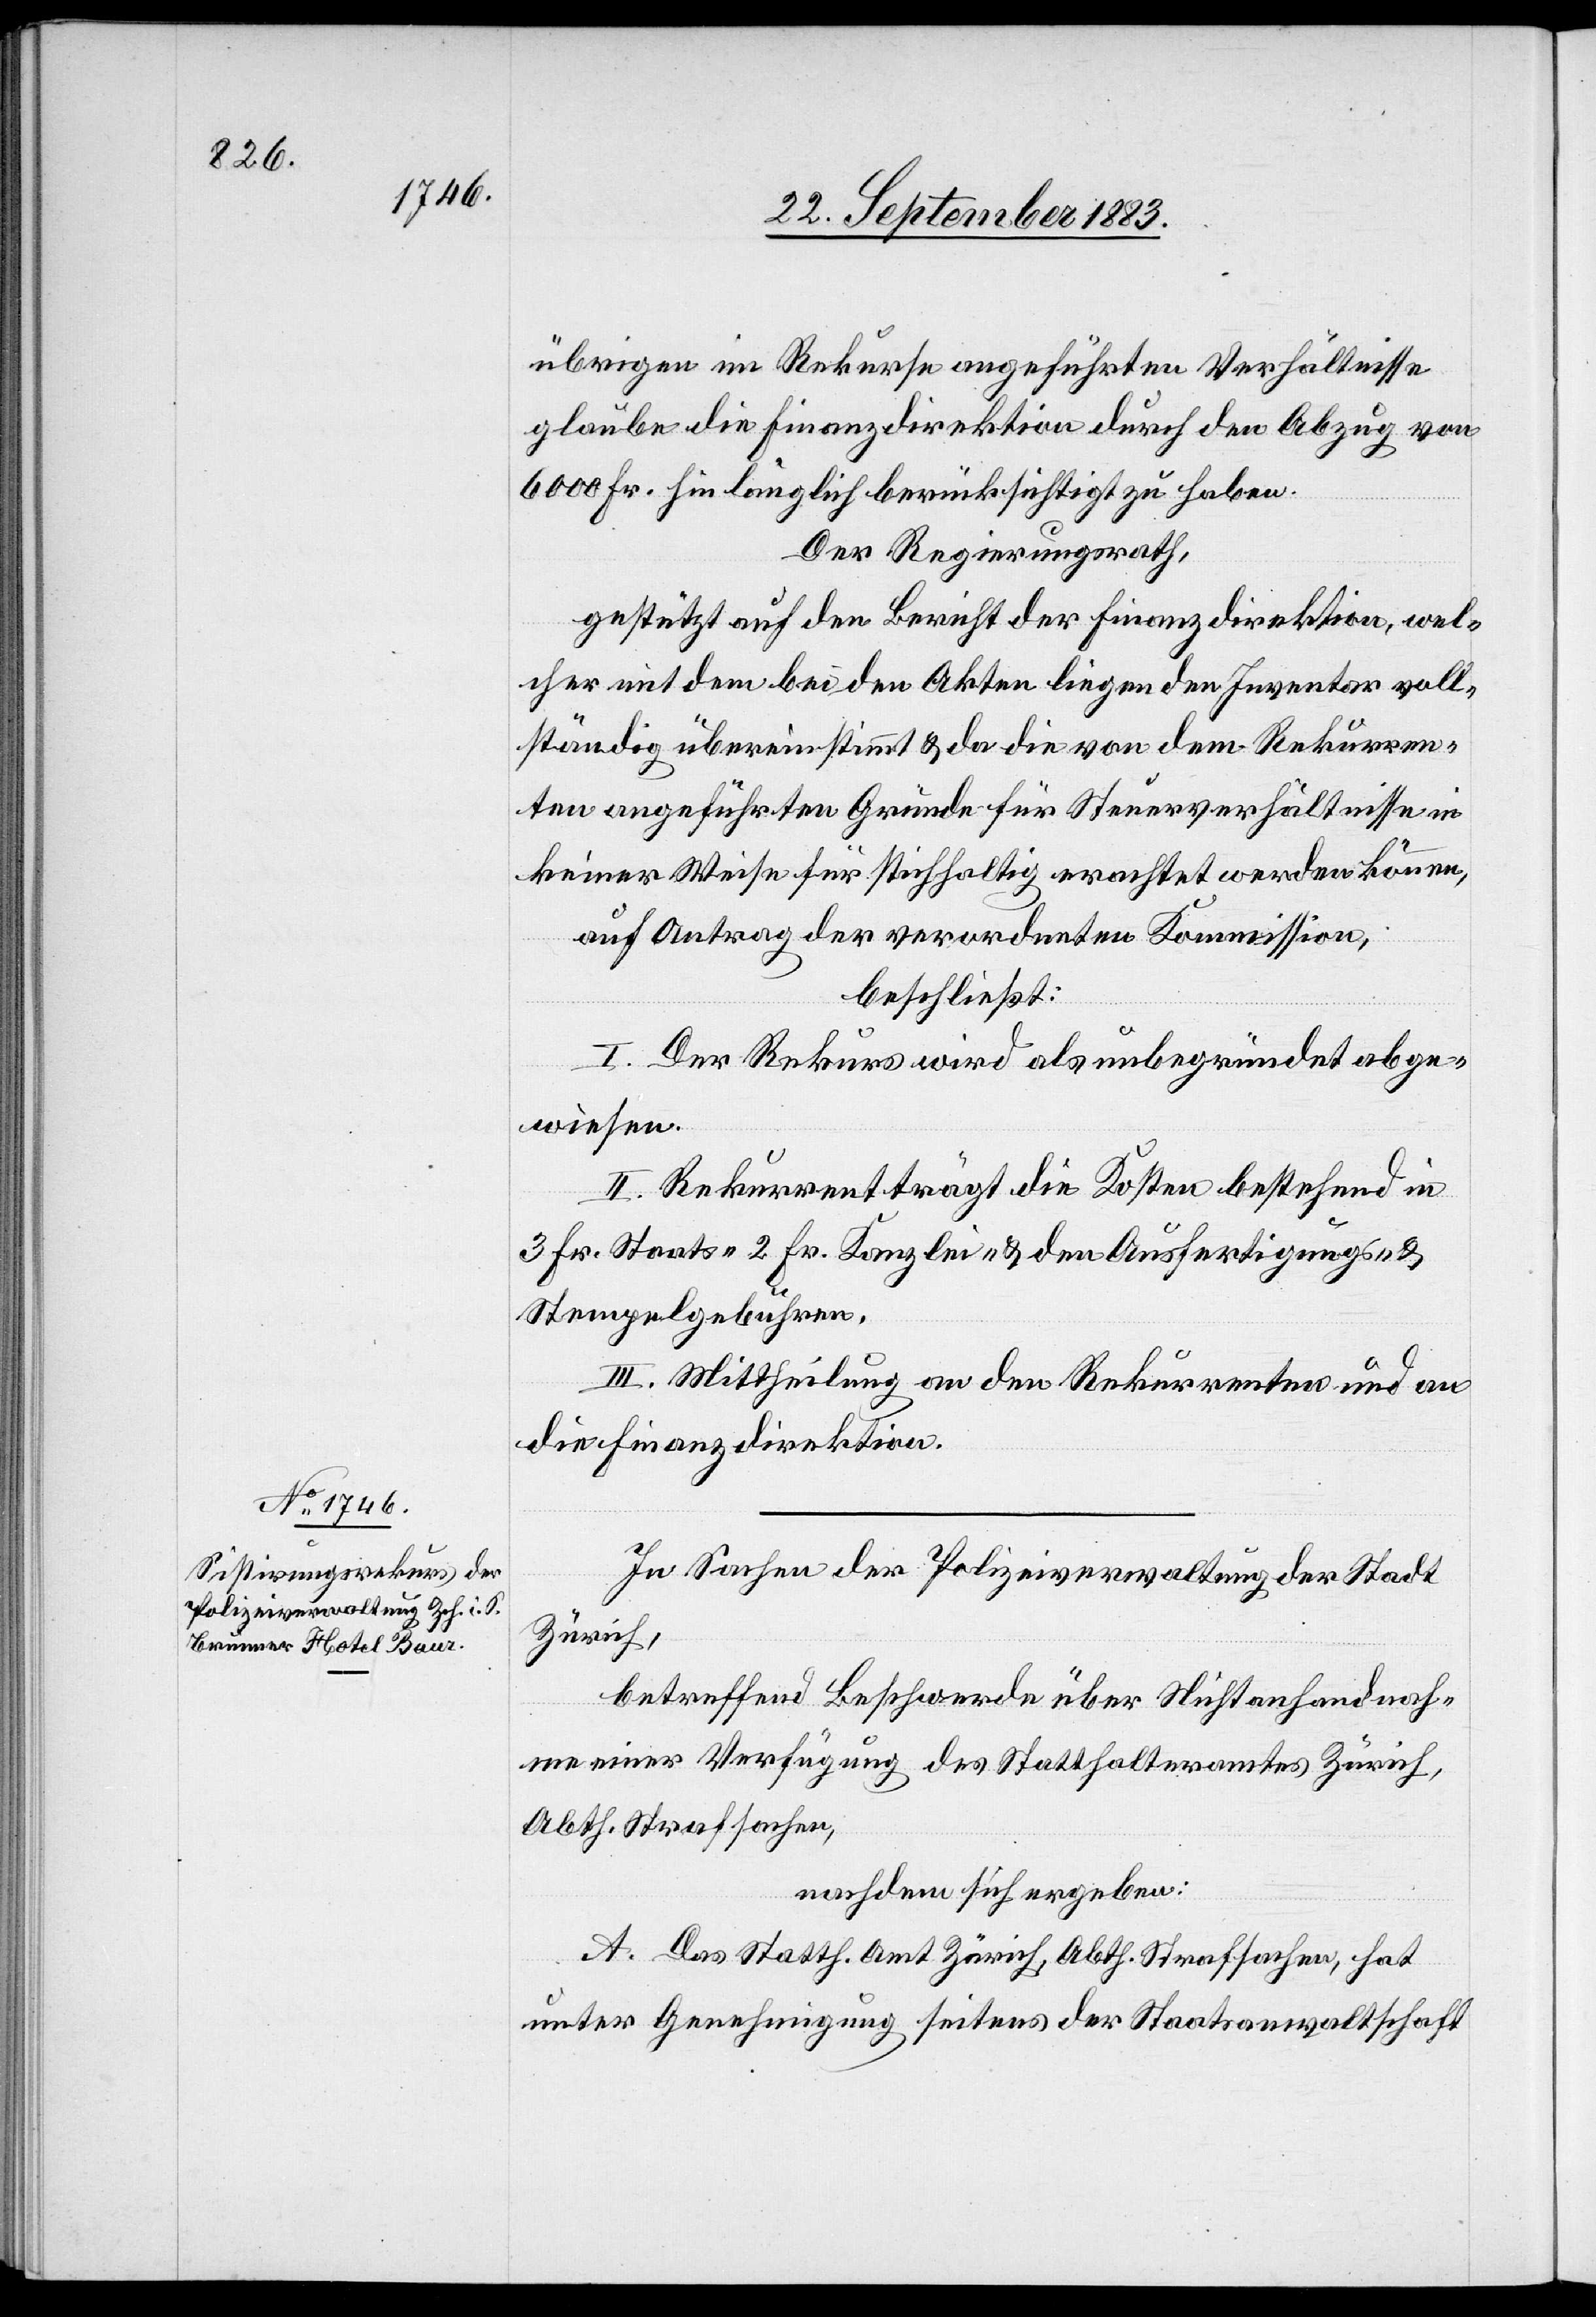
übrigen im Rekurse angeführten Verhältnisse
glaube die Finanzdirektion durch den Abzug von
6000 Fr. hinlänglich berücksichtigt zu haben.
Der Regierungsrath,
gestützt auf den Bericht der Finanzdirektion, wel¬
cher mit dem bei den Akten liegenden Inventar voll¬
ständig übereinstimmt & da die von dem Rekurren¬
ten angeführten Gründe für Steuerverhältnisse in
keiner Weise für stichhaltig erachtet werden können,
auf Antrag der verordneten Kommission,
beschließt:
I. Der Rekurs wird als unbegründet abge¬
wiesen.
II. Rekurrent trägt die Kosten bestehend in
3 Fr. Staats-[,] 2 Fr. Kanzlei- & den Ausfertigungs- &
Stempelgebühren.
III. Mittheilung an den Rekurrenten und an
die Finanzdirektion.
In Sachen der Polizeiverwaltung der Stadt
Zürich,
betreffend Beschwerde über Nichtanhandnah¬
me einer Verfügung des Statthalteramtes Zürich
Abth. Strafsachen,
nachdem sich ergeben:
A. Das Statth. Amt Zürich, Abth. Strafsachen, hat
unter Genehmigung seitens der Staatsanwaltschaft